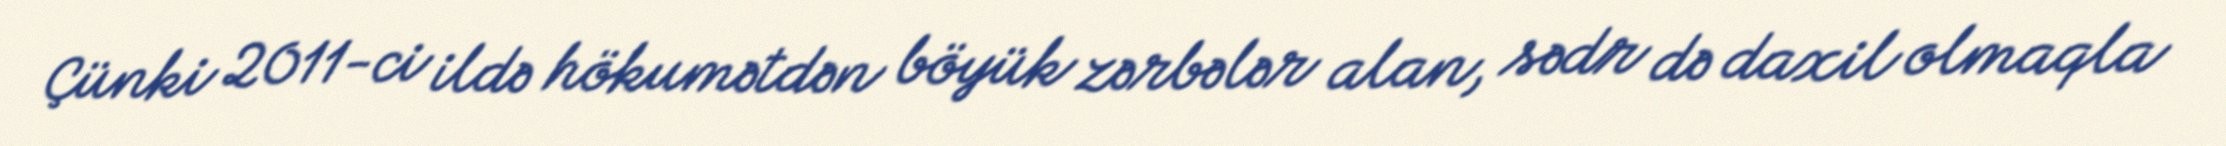
Çünki 2011-ci ildə hökumətdən böyük zərbələr alan, sədr də daxil olmaqla